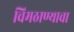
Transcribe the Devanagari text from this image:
चिमठाण्याचा